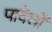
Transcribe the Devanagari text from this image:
पावेतों